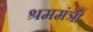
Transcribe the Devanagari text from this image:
श्रममंत्री